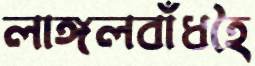
লাঙ্গলবাঁধহৈ